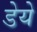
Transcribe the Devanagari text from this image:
डेये